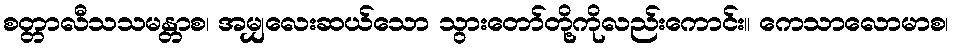
စတ္တာလီသသမန္တာစ၊ အမျှလေးဆယ်သော သွားတော်တို့ကိုလည်းကောင်း။ ကေသာလောမာစ၊